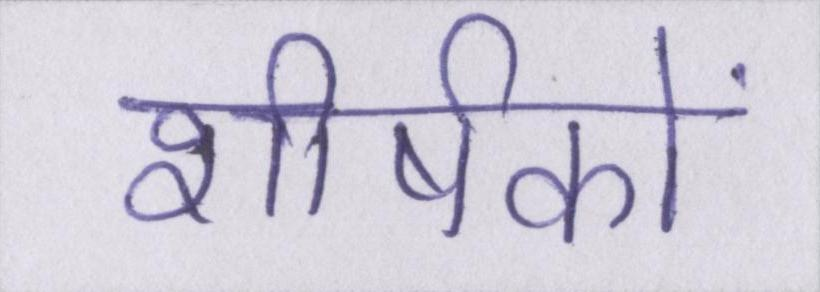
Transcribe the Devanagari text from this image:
शीर्षकों